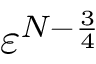
\ensuremath { \varepsilon } ^ { N - \frac 3 4 }